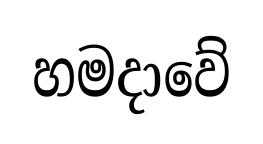
හමදාවේ